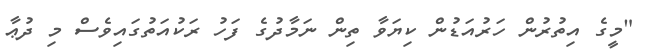
"މީގެ އިތުރުން ހަރުއަޑުން ކިޔަވާ ތިން ނަމާދުގެ ފަހު ރަކުއަތުގައިވެސް މި ދުޢާ